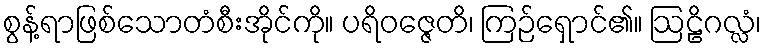
စွန့်ရာဖြစ်သောတံစီးအိုင်ကို။ ပရိဝဇ္ဇေတိ၊ ကြဉ်ရှောင်၏။ ဩဠိဂလ္လံ၊